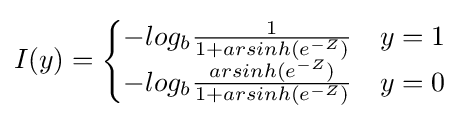
I(y)={\begin{cases}-log_{b}{\frac {1}{1+arsinh(e^{-Z})}}&y=1\\-log_{b}{\frac {arsinh(e^{-Z})}{1+arsinh(e^{-Z})}}&y=0\end{cases}}